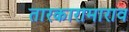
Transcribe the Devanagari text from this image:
तारकारामाराव